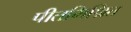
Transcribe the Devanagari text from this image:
पीतमिश्रित